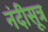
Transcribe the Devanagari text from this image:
नंदीसूत्र